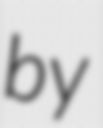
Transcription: by